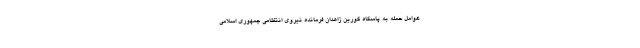
عوامل حمله به پاسگاه کورین زاهدان فرمانده نیروی انتظامی جمهوری اسلامی